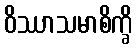
ဝိဿာသမာစိက္ခိ